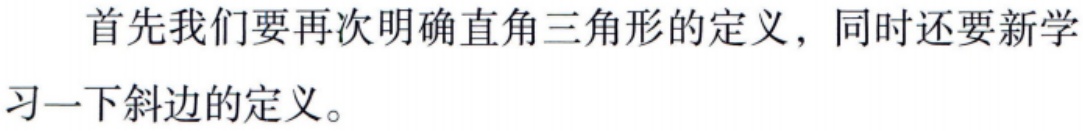
首先我们要再次明确直角三角形的定义，同时还要新学习一下斜边的定义。